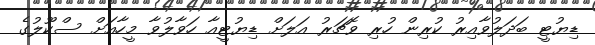
ޑިޔުޓީ ބަދަލުވާއިރު ކުރިން ހުރި ވޮޗަރު އަލަށް ޑިޔުޓީއާ ހަވާލުވާ މީހާއަށް ސްކޫލުގެ